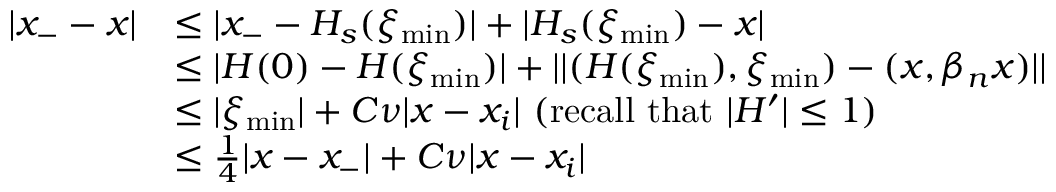
\begin{array} { r l } { | x _ { - } - x | } & { \leq | x _ { - } - H _ { s } ( \xi _ { \operatorname* { m i n } } ) | + | H _ { s } ( \xi _ { \operatorname* { m i n } } ) - x | } \\ & { \leq | H ( 0 ) - H ( \xi _ { \operatorname* { m i n } } ) | + | | ( H ( \xi _ { \operatorname* { m i n } } ) , \xi _ { \operatorname* { m i n } } ) - ( x , \beta _ { n } x ) | | } \\ & { \leq | \xi _ { \operatorname* { m i n } } | + C \nu | x - x _ { i } | \mathrm { ~ ( r e c a l l ~ t h a t ~ } | H ^ { \prime } | \leq 1 ) } \\ & { \leq \frac { 1 } { 4 } | x - x _ { - } | + C \nu | x - x _ { i } | } \end{array}